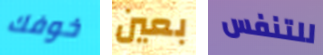
خوفك بعين للتنفس